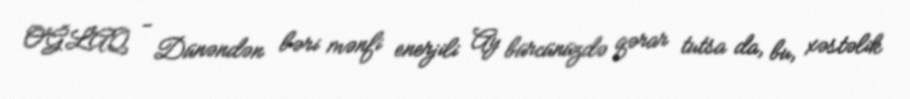
OĞLAQ - Dünəndən bəri mənfi enerjili Ay bürcünüzdə qərar tutsa da, bu, xəstəlik